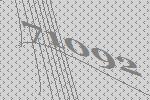
71092